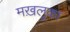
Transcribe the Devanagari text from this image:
मख़लूका